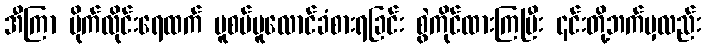
အီကြာ ပိုက်လိုင်းရေထက် ပူစပ်ပူလောင်ခံစားရခြင်း စွဲကိုင်ထားကြပြီး ၎င်းတို့ဘက်မှလည်း